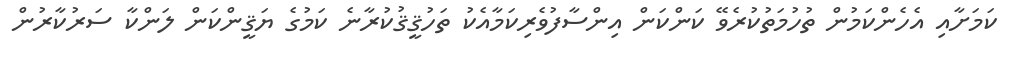
ކަމަށާއި އެހެންކަމުން ތުހުމަތުކުރެވޭ ކަންކަން އިންސާފުވެރިކަމާއެކު ތަހުޤީޤުކުރާނެ ކަމުގެ ޔަޤީންކަން ލަންކާ ސަރުކާރުން